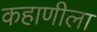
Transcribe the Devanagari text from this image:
कहाणीला